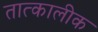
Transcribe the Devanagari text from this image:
तात्‍कालीक